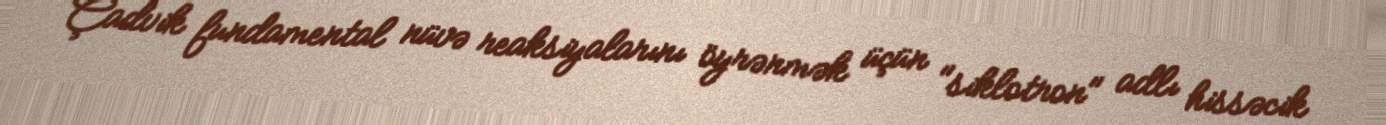
Çadvik fundamental nüvə reaksiyalarını öyrənmək üçün "siklotron" adlı hissəcik